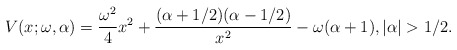
\begin{gather*} V(x;\omega,\alpha) =\frac{\omega ^{2}}{4}x^{2}+\frac{( \alpha +1/2) (\alpha -1/2)}{x^{2}}-\omega (\alpha+1) , \vert \alpha \vert >1/2. \end{gather*}